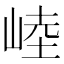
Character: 𰎥